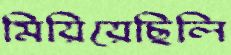
মিয়িয়েছিলি